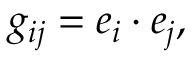
g _ { i j } = e _ { i } \cdot e _ { j } ,